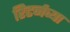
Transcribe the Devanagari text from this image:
रिटर्नच्या